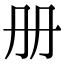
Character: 册